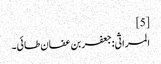
[5]
المراثی:جعفر بن عفان طائی۔